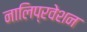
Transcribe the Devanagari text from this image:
नालिप्रवेशन